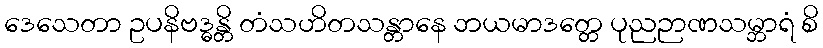
ဒေသေတာ ဥပနိဗဒ္ဓန္တိ တံသဟိတသန္တာနေ ဘယမာဒတ္တေ ပုညဉာဏသမ္ဘာရံ စိ